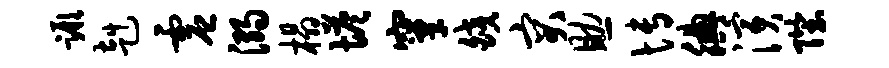
蹶赳虚溺榻塔窠皎突助博腆演陛